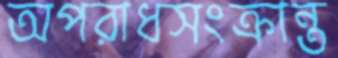
অপরাধসংক্রান্ত